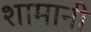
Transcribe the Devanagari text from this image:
शामानी